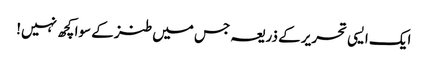
ایک ایسی تحریر کے ذریعہ جس میں طنز کے سوا کچھ نہیں!